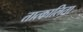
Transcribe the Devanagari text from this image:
तात्कालिता